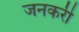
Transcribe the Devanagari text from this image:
जनकरी